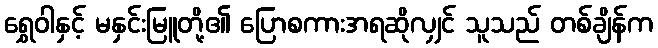
ရွှေဝါနှင့် မနှင်းမြူတို့၏ ပြောစကားအရဆိုလျှင် သူသည် တစ်ချိန်က